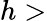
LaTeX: h>